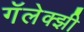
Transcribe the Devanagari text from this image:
गॅलेक्झी